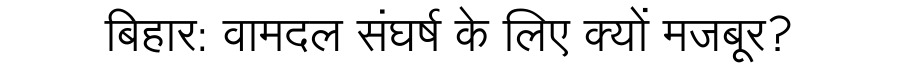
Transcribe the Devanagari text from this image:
बिहार: वामदल संघर्ष के लिए क्यों मजबूर?